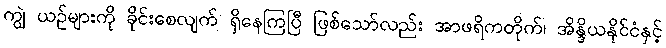
ကျွဲ ယဉ်များကို ခိုင်းစေလျက် ရှိနေကြပြီ ဖြစ်သော်လည်း အာဖရိကတိုက်၊ အိန္ဒိယနိုင်ငံနှင့်